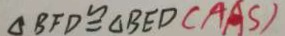
\Delta B F D \cong \Delta B E D ( A A S )